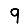
Digit: 9